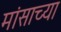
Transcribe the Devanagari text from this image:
मांसाच्या